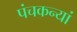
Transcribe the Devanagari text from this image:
पंचकन्यां